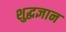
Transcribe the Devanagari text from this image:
शुद्धज्ञान